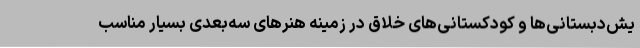
یش‌دبستانی‌ها و کودکستانی‌های خلاق در زمینه هنرهای سه‌بعدی بسیار مناسب